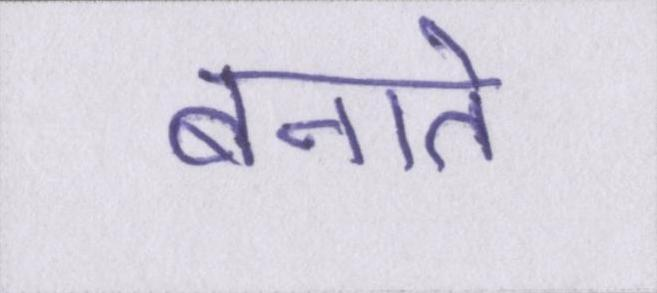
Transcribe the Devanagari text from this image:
बनाते